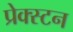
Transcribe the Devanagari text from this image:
प्रेक्स्टन